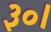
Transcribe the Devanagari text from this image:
३०।